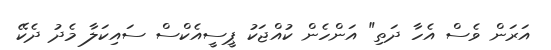
އަރަން ވެސް އެހާ ދަތި" އަންހެން ކުއްޖަކު ޕީސީއެކްސް ސައިކަލާ މެދު ދެކޭ